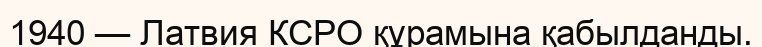
1940 — Латвия КСРО құрамына қабылданды.